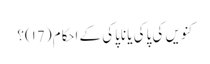
کنویں کی پاکی یا ناپاکی کے احکام( ۱7)؟